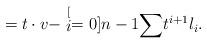
LaTeX: \begin{align*}=t\cdot v-\stackrel[i=0]{n-1}{\sum}t^{i+1}l_{i}.\end{align*}